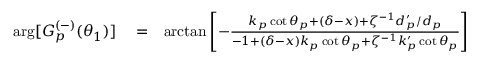
\begin{array} { r l r } { \arg [ G _ { p } ^ { ( - ) } ( \theta _ { 1 } ) ] } & { { } = } & { \arctan \left[ - \frac { k _ { p } \cot \theta _ { p } + \left( \delta - x \right) + \zeta ^ { - 1 } d _ { p } ^ { \prime } / d _ { p } } { - 1 + \left( \delta - x \right) k _ { p } \cot \theta _ { p } + \zeta ^ { - 1 } k _ { p } ^ { \prime } \cot \theta _ { p } } \right] } \end{array}